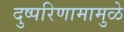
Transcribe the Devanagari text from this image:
दुष्परिणामामुळे